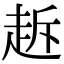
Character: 䞣